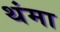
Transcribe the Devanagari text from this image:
थंमा